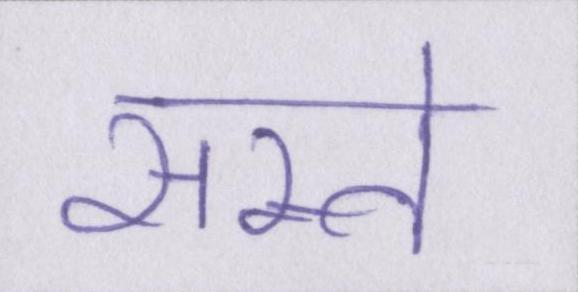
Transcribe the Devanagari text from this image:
सस्ते